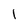
Character: l